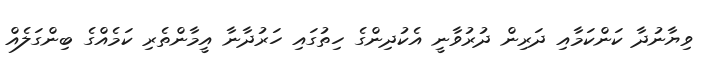
ވިޔާނުދާ ކަންކަމާއި ދަރިން ދުރުވާނީ އެކުދިންގެ ހިތުގައި ހަރުދާނާ އީމާންތެރި ކަމެއްގެ ބިންގަލެއް